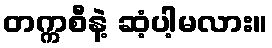
တက္ကစီနဲ့ ဆံ့ပါ့မလား။